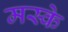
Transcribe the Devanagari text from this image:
मस्के